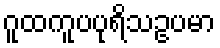
ဂူထကူပပုရိသဥပမာ